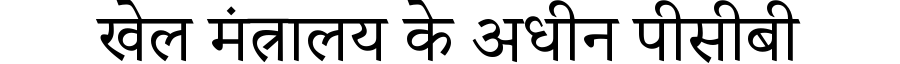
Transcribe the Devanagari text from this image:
खेल मंत्रालय के अधीन पीसीबी